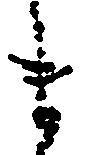
ま